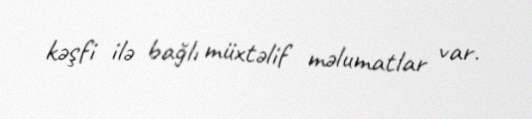
kəşfi ilə bağlı müxtəlif məlumatlar var.